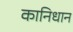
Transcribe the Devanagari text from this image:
कानिधान